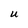
Character: U